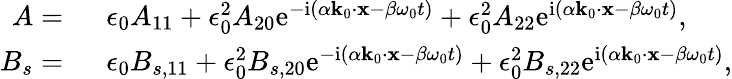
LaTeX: \begin{array}{rl}{A=~}&{{}\epsilon_{0}A_{11}+\epsilon_{0}^{2}A_{20}\mathrm{e}^{-\mathrm{i}(\alpha\mathbf{k}_{0}\cdot\mathbf{x}-\beta\omega_{0}t)}+\epsilon_{0}^{2}A_{22}\mathrm{e}^{\mathrm{i}(\alpha\mathbf{k}_{0}\cdot\mathbf{x}-\beta\omega_{0}t)},}\\ {B_{s}=~}&{{}\epsilon_{0}B_{s,11}+\epsilon_{0}^{2}B_{s,20}\mathrm{e}^{-\mathrm{i}(\alpha\mathbf{k}_{0}\cdot\mathbf{x}-\beta\omega_{0}t)}+\epsilon_{0}^{2}B_{s,22}\mathrm{e}^{\mathrm{i}(\alpha\mathbf{k}_{0}\cdot\mathbf{x}-\beta\omega_{0}t)},}\end{array}